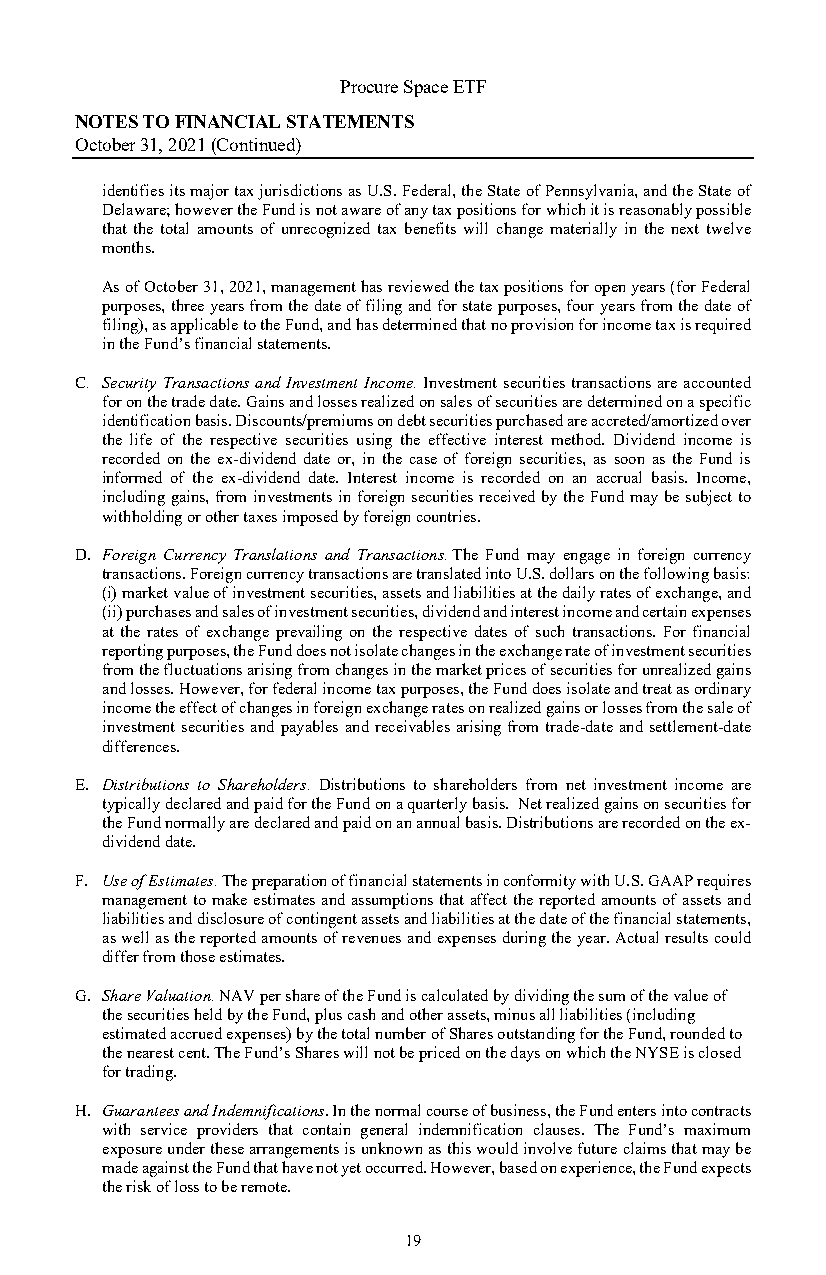
Procure Space ETF
 NOTES TO FINANCIAL STATEMENTS
 October 31, 2021 (Continued)
 identifies its major tax jurisdictions as U.S. Federal, the State of Pennsylvania, and the State of
 Delaware; however the Fund is not aware of any tax positions for which it is reasonably possible
 that the total amounts of unrecognized tax benefits will change materially in the next twelve
 months.
 As of October 31, 2021, management has reviewed the tax positions for open years (for Federal
 purposes, three years from the date of filing and for state purposes, four years from the date of
 filing), as applicable to the Fund, and has determined that no provision for income tax is required
 in the Fund’s financial statements.
 C. Security Transactions and Investment Income. Investment securities transactions are accounted
 for on the trade date. Gains and losses realized on sales of securities are determined on a specific
 identification basis. Discounts/premiums on debt securities purchased are accreted/amortized over
 the life of the respective securities using the effective interest method. Dividend income is
 recorded on the ex-dividend date or, in the case of foreign securities, as soon as the Fund is
 informed of the ex-dividend date. Interest income is recorded on an accrual basis. Income,
 including gains, from investments in foreign securities received by the Fund may be subject to
 withholding or other taxes imposed by foreign countries.
 D. Foreign Currency Translations and Transactions. The Fund may engage in foreign currency
 transactions. Foreign currency transactions are translated into U.S. dollars on the following basis:
 (i) market value of investment securities, assets and liabilities at the daily rates of exchange, and
 (ii) purchases and sales of investment securities, dividend and interest income and certain expenses
 at the rates of exchange prevailing on the respective dates of such transactions. For financial
 reporting purposes, the Fund does not isolate changes in the exchange rate of investment securities
 from the fluctuations arising from changes in the market prices of securities for unrealized gains
 and losses. However, for federal income tax purposes, the Fund does isolate and treat as ordinary
 income the effect of changes in foreign exchange rates on realized gains or losses from the sale of
 investment securities and payables and receivables arising from trade-date and settlement-date
 differences.
 E. Distributions to Shareholders. Distributions to shareholders from net investment income are
 typically declared and paid for the Fund on a quarterly basis. Net realized gains on securities for
 the Fund normally are declared and paid on an annual basis. Distributions are recorded on the ex-
 dividend date.
 F. Use of Estimates. The preparation of financial statements in conformity with U.S. GAAP requires
 management to make estimates and assumptions that affect the reported amounts of assets and
 liabilities and disclosure of contingent assets and liabilities at the date of the financial statements,
 as well as the reported amounts of revenues and expenses during the year. Actual results could
 differ from those estimates.
 G. Share Valuation. NAV per share of the Fund is calculated by dividing the sum of the value of
 the securities held by the Fund, plus cash and other assets, minus all liabilities (including
 estimated accrued expenses) by the total number of Shares outstanding for the Fund, rounded to
 the nearest cent. The Fund’s Shares will not be priced on the days on which the NYSE is closed
 for trading.
 H . Guarantees and Indemnifications. In the normal course of business, the Fund enters into contracts
 with service providers that contain general indemnification clauses. The Fund’s maximum
 exposure under these arrangements is unknown as this would involve future claims that may be
 made against the Fund that have not yet occurred. However, based on experience, the Fund expects
 the risk of loss to be remote.
 19